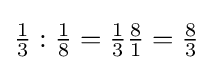
{\tfrac {1}{3}}:{\tfrac {1}{8}}={\tfrac {1}{3}}{\tfrac {8}{1}}={\tfrac {8}{3}}